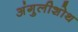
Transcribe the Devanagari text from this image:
अंगुलीशोथ